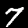
Label: 7